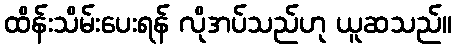
ထိန်းသိမ်းပေးရန် လိုအပ်သည်ဟု ယူဆသည်။